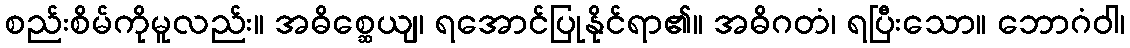
စည်းစိမ်ကိုမူလည်း။ အဓိစ္ဆေယျ၊ ရအောင်ပြုနိုင်ရာ၏။ အဓိဂတံ၊ ရပြီးသော။ ဘောဂံဝါ၊